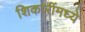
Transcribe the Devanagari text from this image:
शिकारींमध्ये